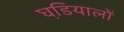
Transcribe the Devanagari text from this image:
घडि़यालों